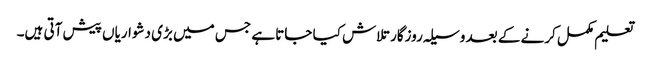
تعلیم مکمل کرنے کے بعد وسیلہ روزگار تلاش کیا جاتا ہے جس میں بڑی دشواریاں پیش آتی ہیں۔